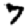
Digit: 7